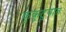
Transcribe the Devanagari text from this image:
कुकुटुंबात